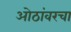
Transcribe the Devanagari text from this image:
ओठांवरचा